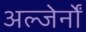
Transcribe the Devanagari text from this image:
अल्जेर्नों